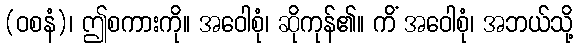
(ဝစနံ)၊ ဤစကားကို။ အဝေါစုံ၊ ဆိုကုန်၏။ ကိံ အဝေါစုံ၊ အဘယ်သို့